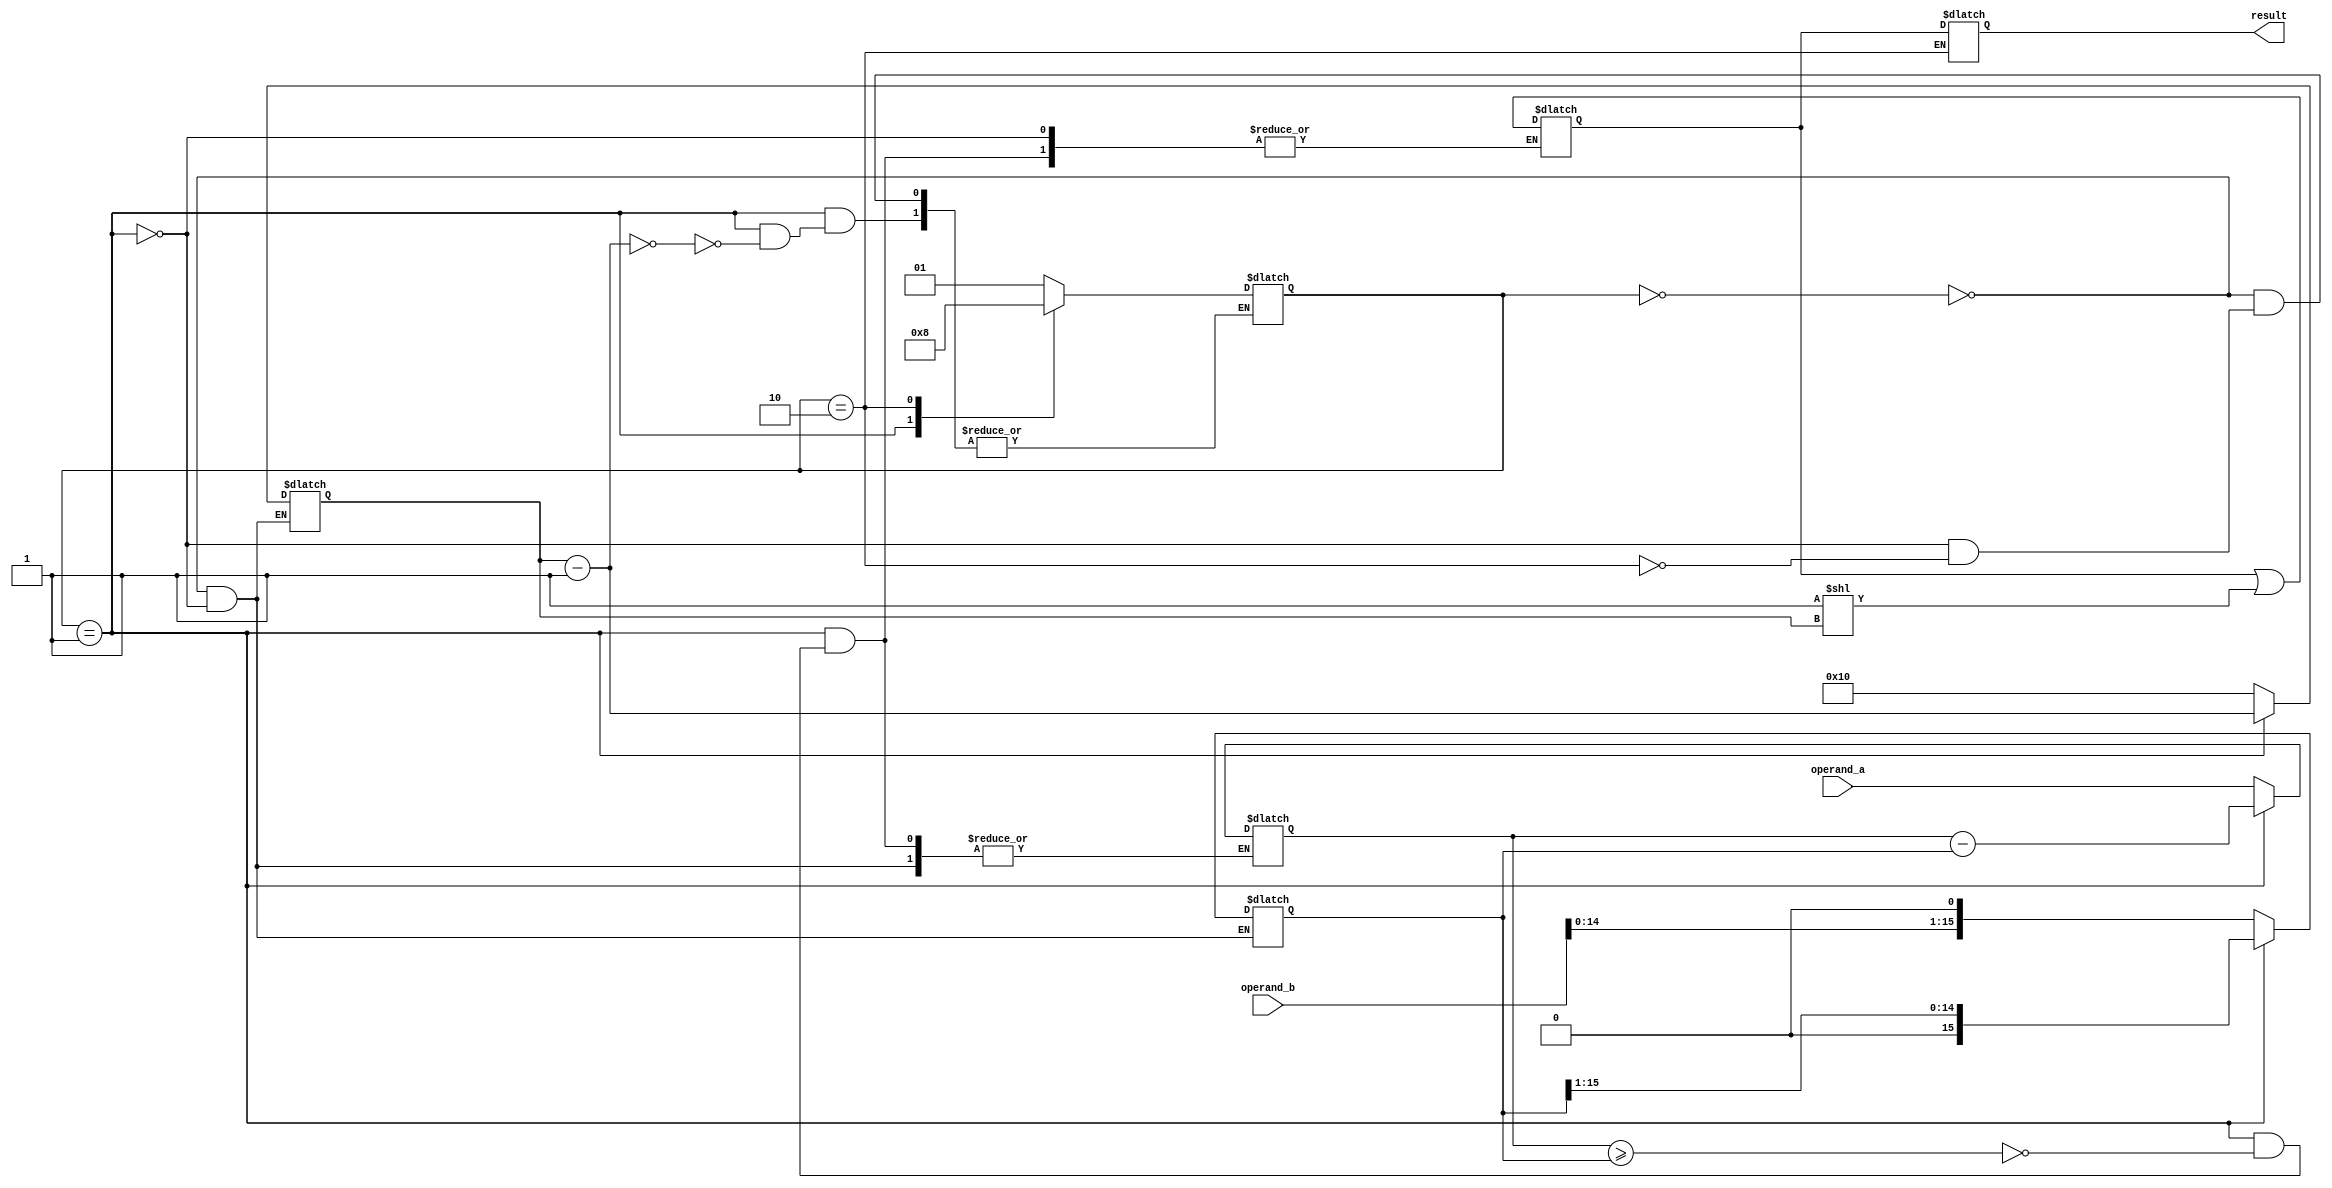
module fixed_point_divider (
    input [15:0] operand_a,
    input [15:0] operand_b,
    output reg [15:0] result
);

reg [15:0] remainder;
reg [15:0] quotient;
reg [15:0] counter;
reg [15:0] divisor;
reg [1:0] stage;

always @(*) begin
    case (stage)
        2'b00: begin // Shift operands
            divisor = operand_b << 1; // Shift divisor by 1 bit
            remainder = operand_a; // Initialize remainder
            counter = 16; // Initialize counter for 16 iterations
            stage = 2'b01; // Move to next stage
        end
        2'b01: begin // Division operation
            if(remainder >= divisor) begin
                remainder = remainder - divisor;
                quotient = quotient | (1 << counter); // Update quotient
            end
            divisor = divisor >> 1; // Shift divisor by 1 bit
            counter = counter - 1;
            if(counter == 0) begin
                stage = 2'b10; // Move to next stage
            end
        end
        2'b10: begin // Final result
            result = quotient;
            stage = 2'b00; // Reset to initial stage
        end
    endcase
end

endmodule